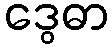
ဒွေဓာ